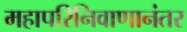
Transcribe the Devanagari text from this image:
महापरिनिवाणानंतर